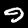
Digit: 9